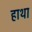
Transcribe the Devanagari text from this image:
हाथा